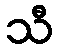
သီ